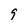
Character: 9